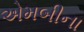
એમબીના